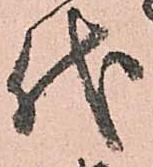
代